Report of the Indian Hemp Drugs Commission, 1894-1895 - Volume VI
Year: 1894
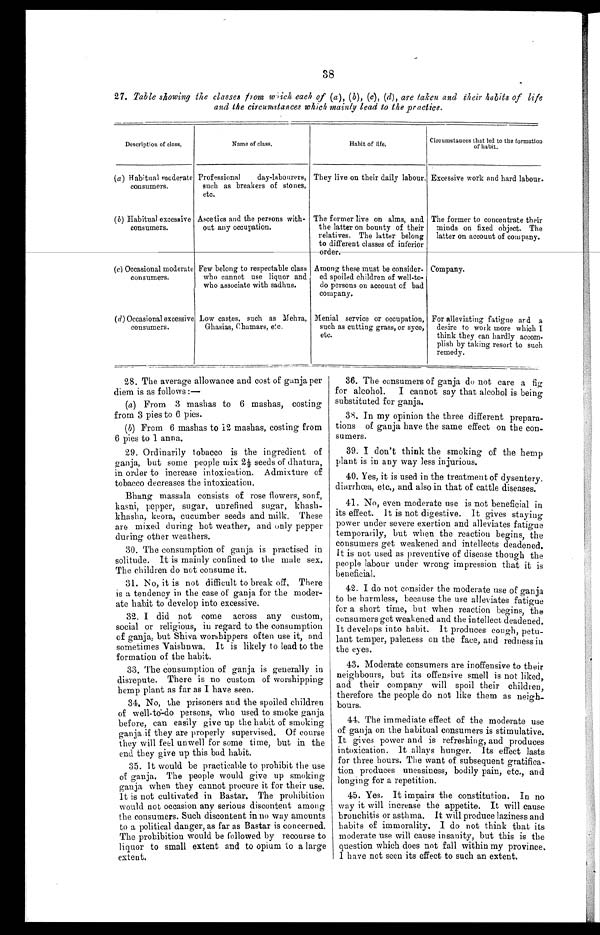
38
27. Table showing the classes from which each of (a) , (b), (c), (d), are taken and their habits of life
and the circumstances which mainly lead to the practice.
Description of class.
Name of class.
Habit of life.
Circumstances that led to the formation
of habit.
(a) Habitual moderate
consumers.
Professional
day-labourers,
such as breakers of stones,
etc.
They live on their daily labour. Excessive work and hard labour.
(b) Habitual excessive
consumers.
Ascetics and the persons with-
out any occupation.
The former live on alms, and
the latter on bounty of their
relatives. The latter belong
to different classes of inferior
order.
The former to concentrate their
minds on fixed object. The
latter on account of company.
(c) Occasional moderate
consumers.
Few belong to respectable class
who cannot use liquor and
who associate with sadhus.
Among these must be consider-
ed spoiled children of well-to-
do persons on account of bad
company.
Company.
(d) Occasional excessive
consumers.
Low castes, such as Mehra,
Ghasias, Chamars, e'.c.
Menial service or occupation,
such as cutting grass, or syce,
etc.
For alleviating fatigue and a
desire to work more which I
think they can hardly accom-
plish by taking resort to such
remedy.
28. The average allowance and cost of ganja per
diem is as follows :—
(a) From 3 mashas to 6 mashas, costing
from 3 pies to 6 pies.
(b) From 6 mashas to 12 mashas, costing from
6 pies to 1 anna.
29. Ordinarily tobacco is the ingredient of
ganja, but some people mix 21/2 seeds of dhatura,
in order to increase intoxication. Admixture of
tobacco decreases the intoxication.
Bhang massala consists of rose flowers, sonf,
kasni, pepper, sugar, unrefined sugar, khash-
khasha, keora, cucumber seeds and milk. These
are mixed during hot weather, and only pepper
during other weathers.
30. The consumption of ganja is practised in
solitude. It is mainly confined to the male sex.
The children do not consume it.
31. No, it is not difficult to break off, There
is a tendency in the case of ganja for the moder--
ate habit to develop into excessive.
32. I did not come across any custom,
social or religious, in regard to the consumption
of ganja, but Shiva worshippers often use it, and
sometimes Vaishnwa. It is likely to lead to the
formation of the habit.
33. The consumption of ganja is generally in
disrepute. There is no custom of worshipping
hemp plant as far as I have seen.
34. No, the prisoners and the spoiled children
of well-to'-do persons, who used to smoke ganja
before, can easily give up the habit of smoking
ganja if they are properly supervised. Of course
they will feel unwell for some time, but in the
end they give up this bad habit.
35. It would be practicable to prohibit the use
of ganja. The people would give up smoking
ganja when they cannot procure it for their use.
It is not cultivated in Bastar. The prohibition
would not occasion any serious discontent among
the consumers. Such discontent in no way amount:
to a political danger, as far as Bastar is concerned
The prohibition would be followed by recourse to
liquor to small extent and to opium to a large
extent.
36. The consumers of ganja do not care a fig
for alcohol. I cannot say that alcohol is being
substituted for ganja.
38. In my opinion the three different prepara-
tions of ganja have the same effect on the con-
sumers.
39. I don't think the smoking of the hemp
plant is in any way less injurious.
40. Yes, it is used in the treatment of dysentery.
diarrhoea, etc., and also in that of cattle diseases.
41. No, even moderate use is not beneficial in
its effect. It is not digestive. It gives staying
power under severe exertion and alleviates fatigue
temporarily, but when the reaction begins, the
consumers get weakened and intellects deadened.
It is not used as preventive of disease though the
people labour under wrong impression that it is
beneficial.
42. I do not consider the moderate use of ganja
to be harmless, because the use alleviates fatigue
I for a short time, but when reaction begins, the
consumers get weakened and the intellect deadened.
It develops into habit. It produces cough, petu-
lant temper, paleness on the face, and redness in
the eyes.
43. Moderate consumers are inoffensive to their
neighbours, but its offensive smell is not liked,
and their company will spoil their children,
therefore the people do not like them as neigh-
bours.
44. The immediate effect of the moderate use
of ganja on the habitual consumers is stimulative.
It gives power and is refreshing, and produces
intoxication. It allays hunger. Its effect lasts
for three hours. The want of subsequent gratifica-
- t i o n p r o d u c e s u n e a s i n e s s , b o d i l y p a i n , e t c . , a n d
longing for a repetition.
45.
Yes, It impairs the constitution. In no
way it will increase the appetite. It will cause
bronchitis or asthma. It will produce laziness and
habits of immorality. I do not think that its
moderate use will cause insanity, but this is the
question which does not fall within my province.
I have not seen its effect to such an extent.